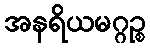
အနရိယမဂ္ဂဉ္စ